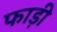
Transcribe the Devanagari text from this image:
फाड़ी